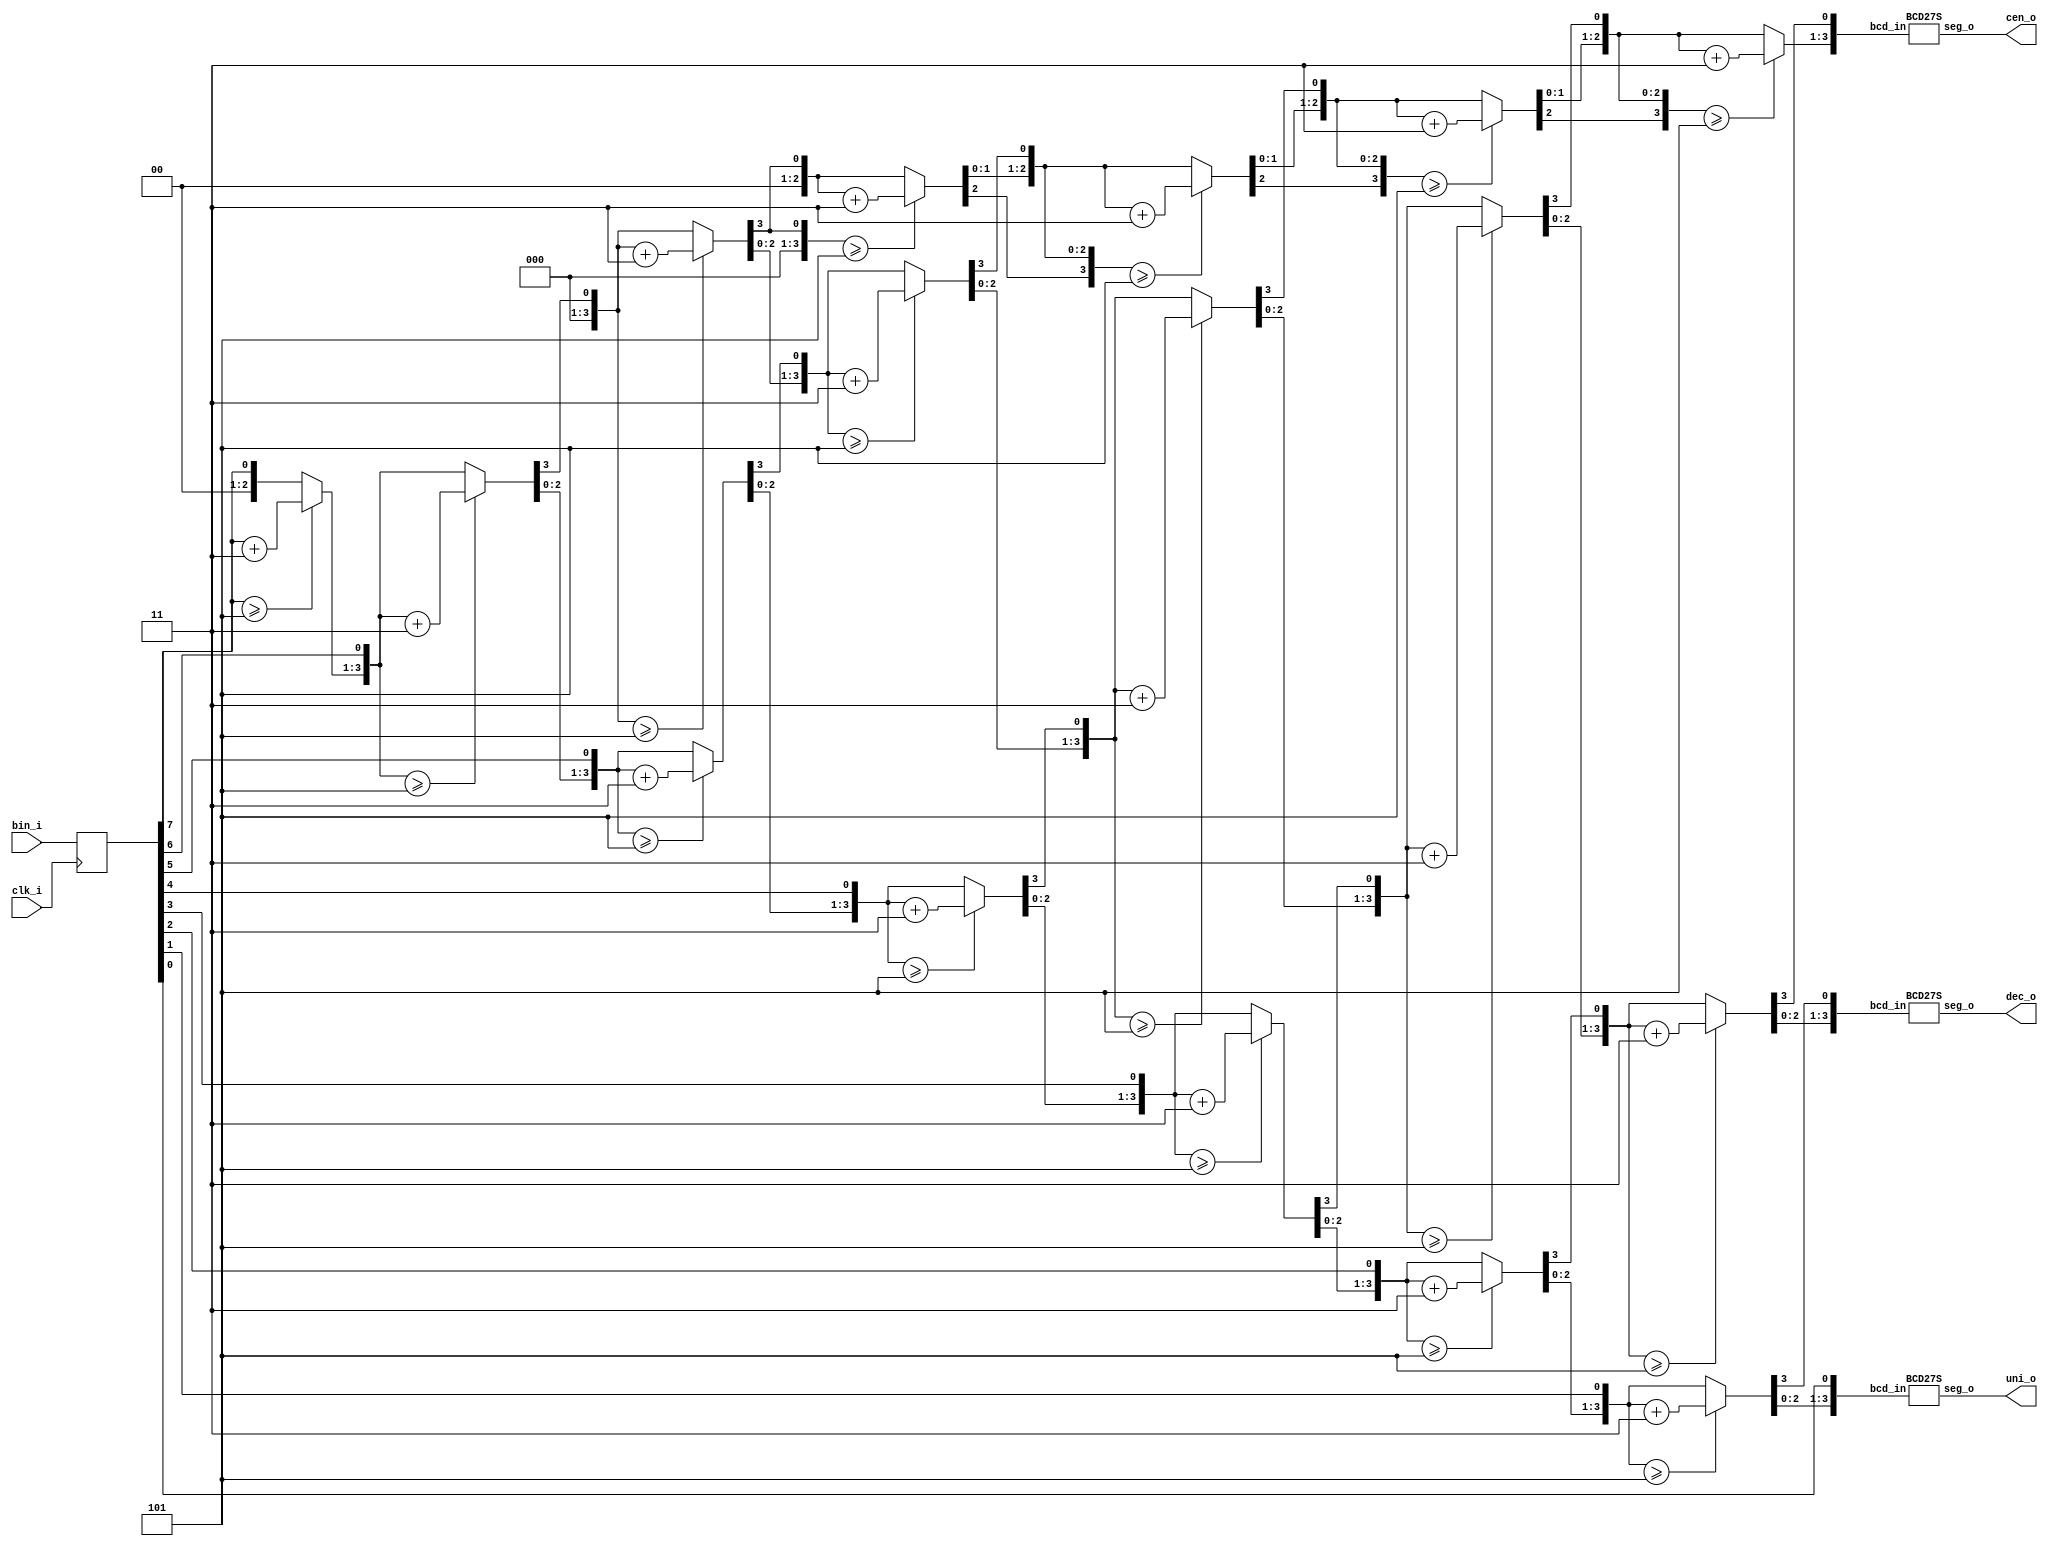
module BIN2BCD(	
	input clk_i, 
	input [7:0] bin_i, 
	output [6:0] uni_o, 
	output [6:0] dec_o, 
	output [6:0] cen_o
    );

reg [7:0] binR = 8'b0; 	//This way, inputs are registered
always @(posedge clk_i)
	binR <= bin_i; 
//How to convert 8 bits to 3 BCD?
reg [3:0] DEC; 
reg [3:0] CEN; 
reg [3:0] UNI; 
integer i; 
always @(binR) begin
	DEC = 4'b0; 
	CEN = 4'b0; 
	UNI = 4'b0; 

	for(i=7; i>=0; i=i-1) begin 
		if(CEN >= 5)
			CEN = CEN+3; 
		if(DEC >= 5)
			DEC = DEC+3; 
		if(UNI >= 5)
			UNI = UNI+3;
		CEN = CEN<<1; 
		CEN[0] = DEC[3]; 
		DEC = DEC<<1; 
		DEC[0] = UNI[3];
		UNI = UNI<<1; 
		UNI[0] = binR[i];  
	end
end 

BCD27S DECODE_UNI(UNI, uni_o);	//Decode BCD to 7-seg
BCD27S DECODE_DEC(DEC, dec_o);
BCD27S DECODE_CEN(CEN, cen_o);

endmodule

module BCD27S(
	input  [3:0] bcd_in, 
	output reg 	[6:0]	seg_o
); 
	always @(bcd_in) begin //Decoder
	case(bcd_in)
		4'h0 : seg_o <= 7'b0000001; 
		4'h1 : seg_o <= 7'b1001111; 
		4'h2 : seg_o <= 7'b0010010; 
		4'h3 : seg_o <= 7'b0000110; 
		4'h4 : seg_o <= 7'b1001100; 
		4'h5 : seg_o <= 7'b0100100; 
		4'h6 : seg_o <= 7'b0100000; 
		4'h7 : seg_o <= 7'b0001111; 
		4'h8 : seg_o <= 7'b0000000; 
		4'h9 : seg_o <= 7'b0000100;
		4'hA : seg_o <= 7'b0001000;
		4'hB : seg_o <= 7'b1100000;
		4'hC : seg_o <= 7'b0110001;
		4'hD : seg_o <= 7'b1000010;
		4'hE : seg_o <= 7'b0110000;
		4'hF : seg_o <= 7'b0111000;
		default : seg_o <= 7'b1111111;	//Nothing
	endcase
end 
endmodule